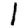
Digit: 1